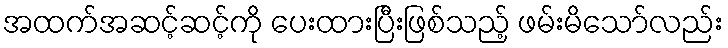
အထက်အဆင့်ဆင့်ကို ပေးထားပြီးဖြစ်သည့် ဖမ်းမိသော်လည်း